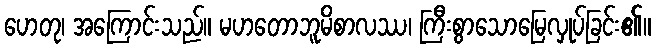
ဟေတု၊ အကြောင်းသည်။ မဟတောဘူမိစာလဿ၊ ကြီးစွာသောမြေလှုပ်ခြင်း၏။